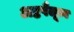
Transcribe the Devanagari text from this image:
अष्टपैलूत्व